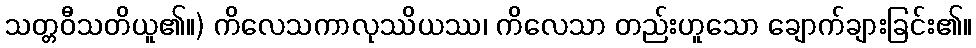
သတ္တဝီသတိယူ၏။) ကိလေသကာလုဿိယဿ၊ ကိလေသာ တည်းဟူသော ချောက်ချားခြင်း၏။